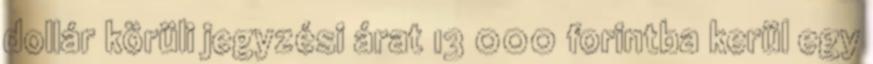
dollár körüli jegyzési árat 13 000 forintba kerül egy